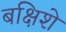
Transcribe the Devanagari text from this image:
बक्षिशे